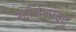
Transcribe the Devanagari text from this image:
स्टॉरोलाइट